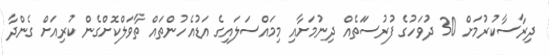
ދިރާސާކުރުމަށް 30 ދުވަހުގެ ފުރުސަަތެއް ދިނުމަށާއި މިމައްސަލައިގެ އަޑުއެހުންތައް ތާވަލްކޮށްގެން ކުރިއަށް ގެންދާ